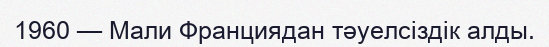
1960 — Мали Франциядан тәуелсіздік алды.